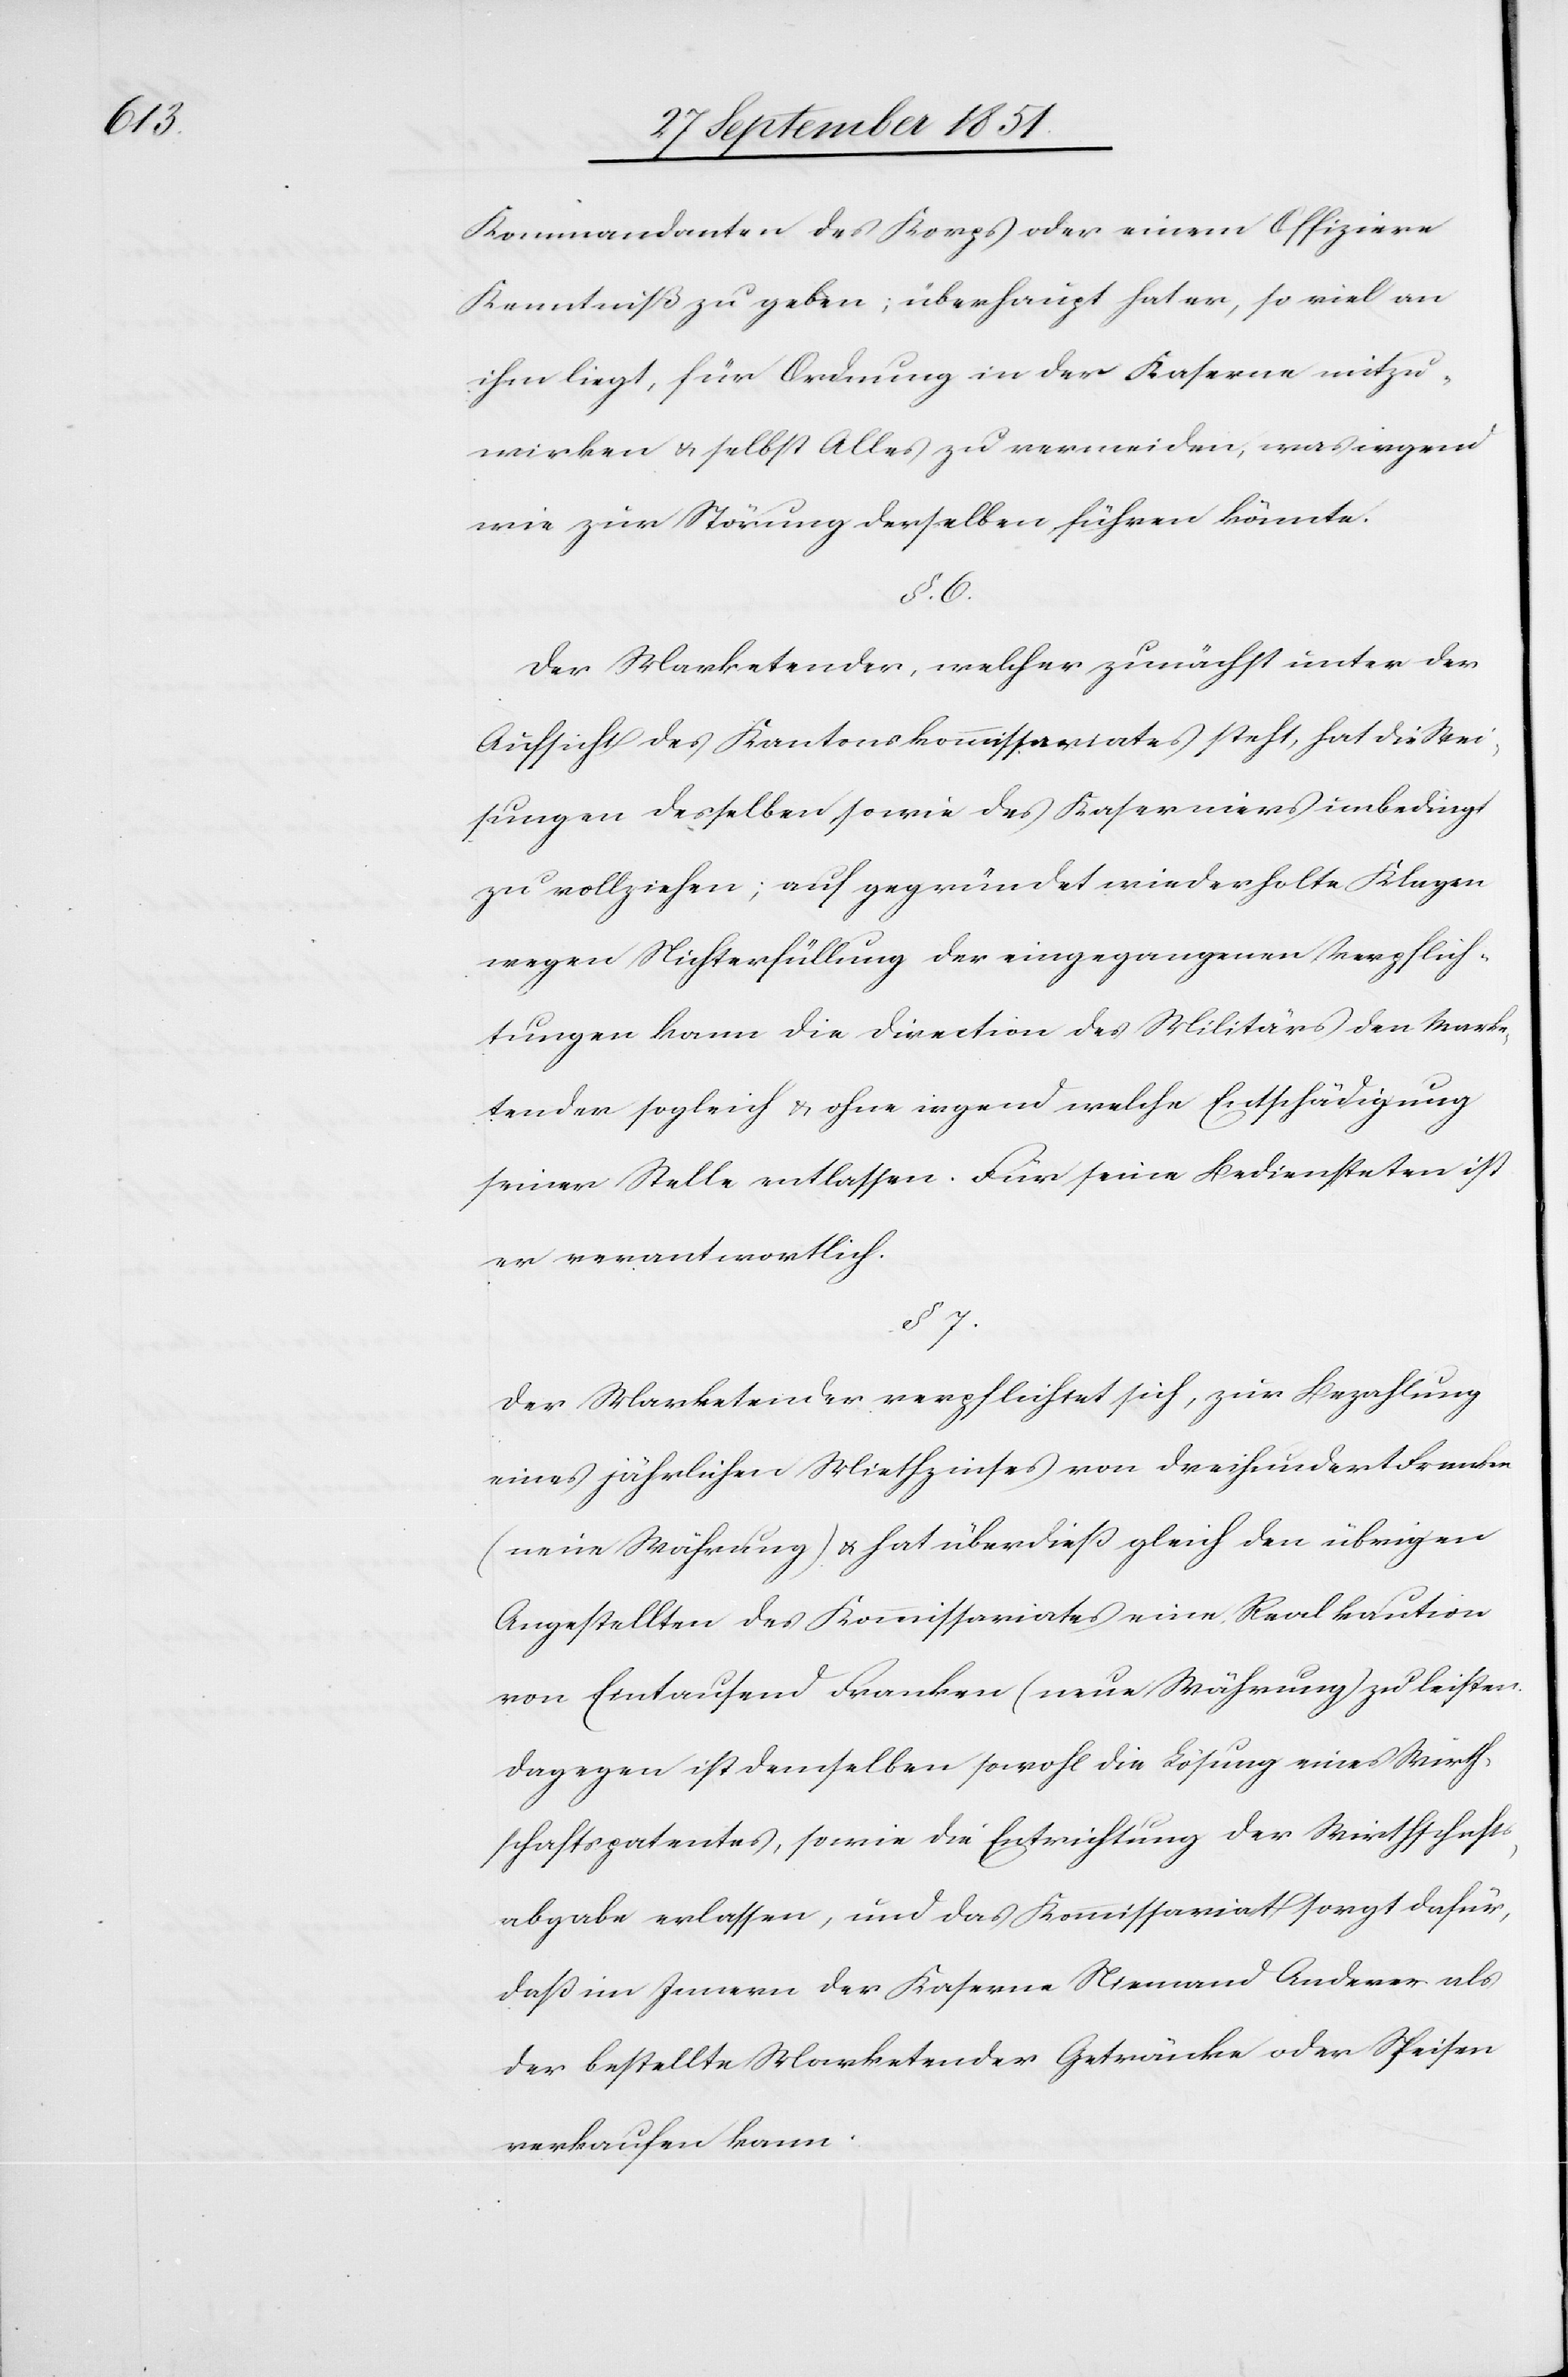
Kommandanten des Korps oder einem Offiziere
Kenntniß zu geben; überhaupt hat er, so viel an
ihm liegt, für Ordnung in der Kaserne mitzu¬
wirken & selbst Alles zu vermeiden, was irgend
wie zur Störung derselben führen könnte.
§. 6.
Der Marketender, welcher zunächst unter der
Aufsicht des Kantonskommissariates steht, hat die Wei¬
sungen desselben sowie des Kaserniers unbedingt
zu vollziehen; auf gegründet wiederholte Klagen
wegen Nichterfüllung der eingegangenen Verpflich¬
tungen kann die Direction des Militärs den Marke¬
tender sogleich & ohne irgend welche Entschädigung
seiner Stelle entlassen. Für seine Bediensteten ist
er verantwortlich.
§ 7.
Der Marketender verpflichtet sich, zur Bezahlung
eines jährlichen Miethzinses von dreihundert Franken
(neue Währung) & hat überdieß gleich den übrigen
Angestellten des Kommissariates eine Realkaution
von Eintausend Franken (neue Währung) zu leisten.
Dagegen ist demselben sowohl die Lösung eines Wirth¬
schaftspatentes, sowie die Entrichtung der Wirthschafts¬
abgabe erlassen, und das Kommissariat sorgt dafür,
daß im Innern der Kaserne Niemand Anderer als
der bestellte Marketender Getränke oder Speisen
verkaufen kann.